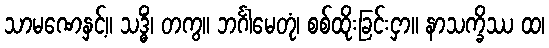
သာမဏေနှင့်။ သဒ္ဓိံ၊ တကွ။ ဘင်္ဂါမေတုံ၊ စစ်ထိုးခြင်းငှာ။ နာသက္ခိဿ ထ၊